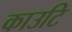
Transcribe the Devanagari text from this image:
काउटि